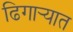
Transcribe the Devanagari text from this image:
ढिगार्‍यात